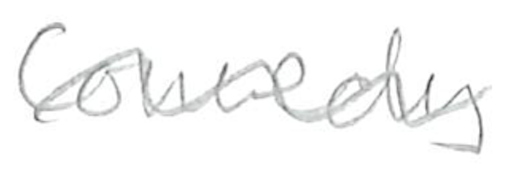
Text: Comedy
Cross-out: mix
Writing tool: pencil